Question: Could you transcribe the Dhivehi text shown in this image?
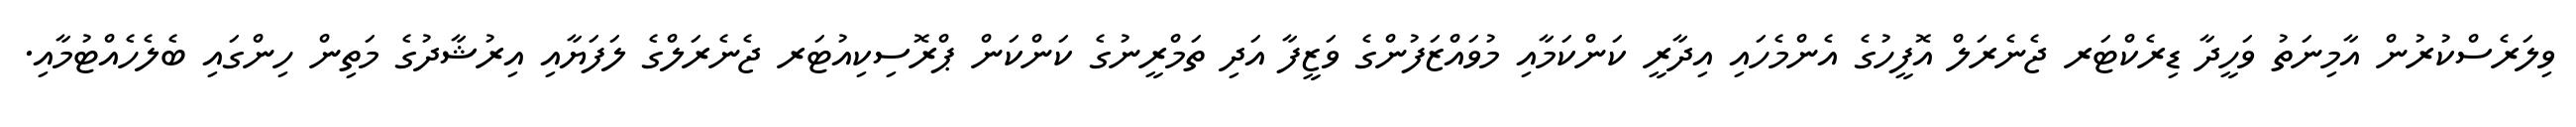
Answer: ވިލަރެސްކުރުން އާމިނަތު ވަހީދާ ޑިރެކްޓަރ ޖެނެރަލް އޮފީހުގެ އެންމެހައި އިދާރީ ކަންކަމާއި މުވައްޒަފުންގެ ވަޒީފާ އަދި ތަމްރީނުގެ ކަންކަން ޕްރޮސިކިއުޓަރ ޖެނެރަލްގެ ލަފަޔާއި އިރުޝާދުގެ މަތިން ހިންގައި ބެލެހެއްޓުމާއި.